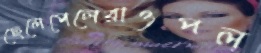
ছেলেপেলেরাওপল্